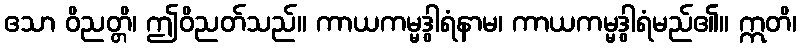
ဧသာ ဝိညတ္တိ၊ ဤဝိညတ်သည်။ ကာယကမ္မဒွါရံနာမ၊ ကာယကမ္မဒွါရံမည်၏။ ဣတိ၊